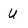
Character: u